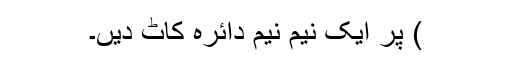
) پر ایک نیم نیم دائرہ کاٹ دیں۔